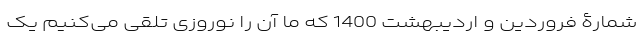
شمارۀ فروردین و اردیبهشت 1400 که ما آن را نوروزی تلقی می‌کنیم یک